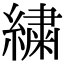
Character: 繍